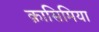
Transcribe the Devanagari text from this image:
क़ासिमिया